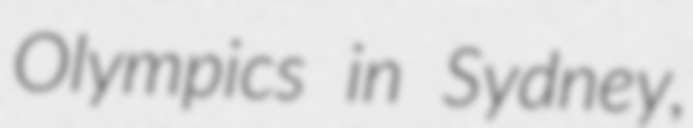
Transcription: Olympics in Sydney,